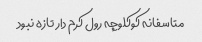
متاسفانه کوکلوچه رول کرم دار تازه نبود